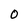
Character: O